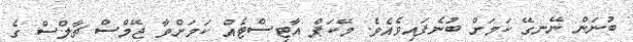
ބުނަން ނޭނގޭ ކަމަށް ބުނެފައިވެއެވެ. މޭކަޕް އާޓިސްޓެއް ކަމަށްވާ ޖޭމްސް ޗާލްސް ގެ